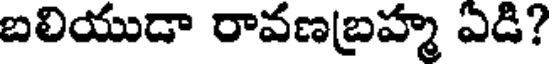
బలియుడా రావణబ్రహ్మ ఎడి?